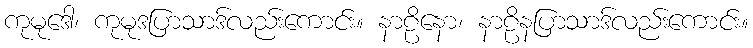
ကုမုဒေါ၊ ကုမုဒပြာသာဒ်လည်းကောင်း။ နာဠိနော၊ နာဠိနပြာသာဒ်လည်းကောင်း။